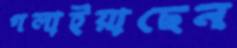
গলাইয়াছেন